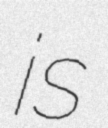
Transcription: is